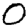
Digit: 0